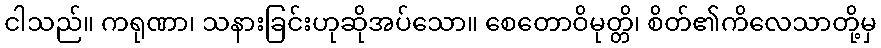
ငါသည်။ ကရုဏာ၊ သနားခြင်းဟုဆိုအပ်သော။ စေတောဝိမုတ္တိ၊ စိတ်၏ကိလေသာတို့မှ